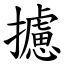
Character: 攄